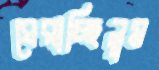
ঘেরাচ্ছিলুম